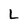
Character: L